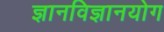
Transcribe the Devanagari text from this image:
ज्ञानविज्ञानयोग